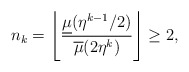
\begin{align*}n_{k}=\left\lfloor \frac{\underline{\mu}(\eta^{k-1}/2)}{\overline{\mu}(2\eta^{k})}\right\rfloor \geq2,\end{align*}